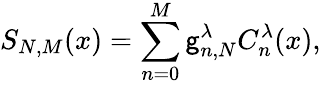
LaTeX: S_{N,M}(x)=\sum_{n=0}^{M}\mathsf{g}_{n,N}^{\lambda}C_{n}^{\lambda}(x),